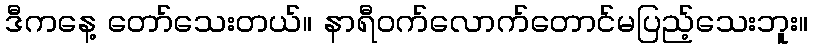
ဒီကနေ့ တော်သေးတယ်။ နာရီဝက်လောက်တောင်မပြည့်သေးဘူး။